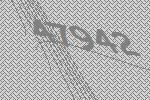
47942